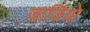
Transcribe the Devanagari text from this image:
जार्जियो